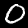
Digit: 0